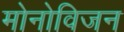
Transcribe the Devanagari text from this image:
मोनोविजन